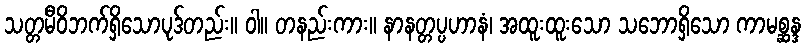
သတ္တမီဝိဘက်ရှိသောပုဒ်တည်း။ ဝါ။ တနည်းကား။ နာနတ္တပ္ပဟာနံ၊ အထူးထူးသော သဘောရှိသော ကာမစ္ဆန္ဒ